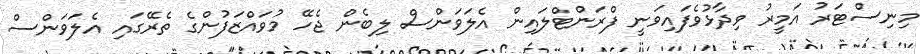
މިނިސްޓަރު އަމީރު ވިދާޅުވެފައިވަނީ ފްރަންޓްލައިން އެލަވަންސް ލިބެން ޖެހޭ މުވައްޒަފުންގެ ތެރޭގައި އެލަވަންސް